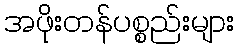
အဖိုးတန်ပစ္စည်းများ